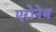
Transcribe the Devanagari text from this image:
एरोनेब